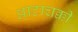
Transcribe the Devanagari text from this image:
आटाचक्की